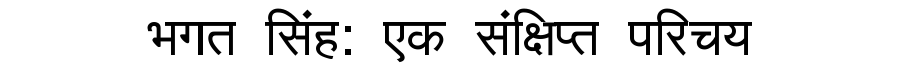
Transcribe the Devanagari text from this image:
भगत सिंह: एक संक्षिप्त परिचय